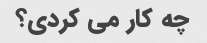
چه کار می کردی؟